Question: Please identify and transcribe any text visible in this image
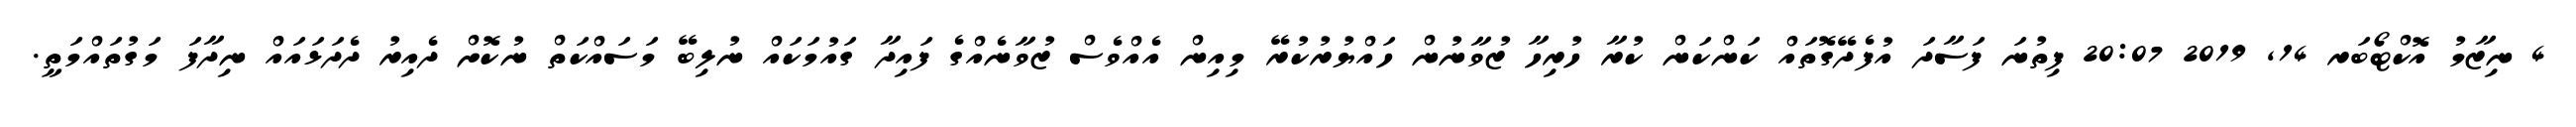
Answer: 4 ނިޒާމު އޮކްޓޯބަރ 14, 2019 20:07 ފިތުނަ ފަސާދަ އުފެދޭގޮތައް ކަންކަން ކުރާ ހުރިހާ ޒުވާނުން ހައްޔުރުކުރޭ މިއިން އެއްވެސް ޒުވާނެއްގެ ފައިދާ ގައުމަކައް ނުލިބޭ މަސައްކަތް ނުކޮށް ދެއިރު ދެދަޅައައް ނިދާފަ މަގުތައްމަތީ.